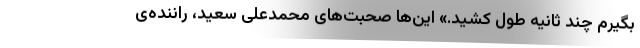
بگیرم چند ثانیه طول کشید.» این‌ها صحبت‌های محمدعلی سعید، راننده‌ی